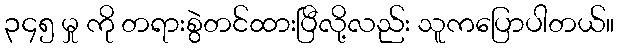
၃၄၅ မှု ကို တရားစွဲတင်ထားပြီလို့လည်း သူကပြောပါတယ်။